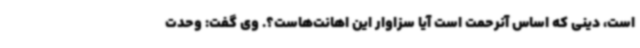
است، دینی که اساس آنرحمت است آیا سزاوار این اهانت‌هاست؟. وی گفت: وحدت